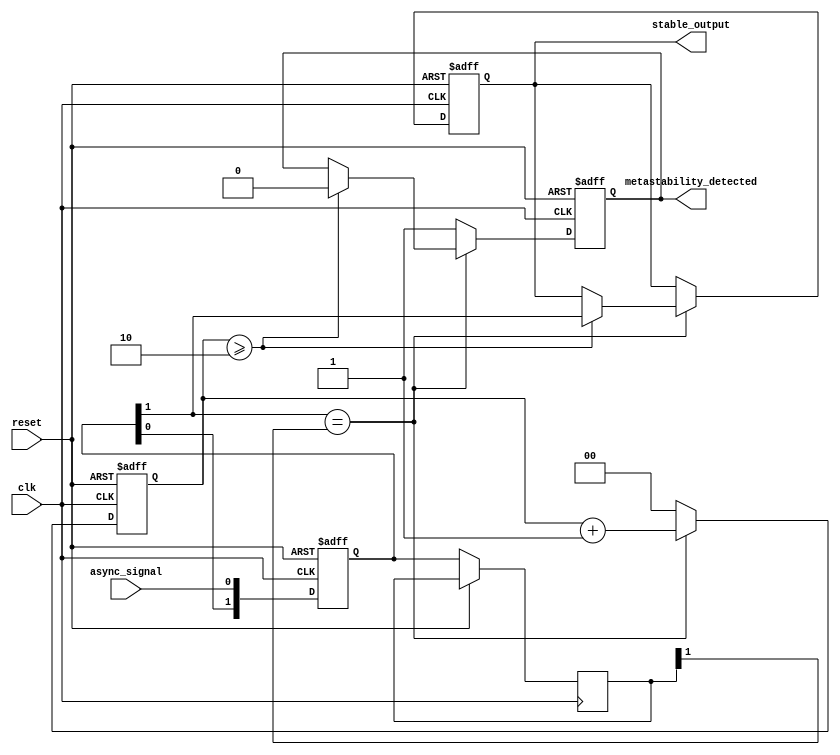
module metastability_detector (
    input wire clk,                  // Synchronous clock input
    input wire async_signal,         // Asynchronous input signal
    input wire reset,                // Asynchronous reset
    output reg stable_output,         // Stable output signal
    output reg metastability_detected // Metastability indicator
);

    // Parameters
    parameter NUM_LATCHES = 2;      // Number of latches in series
    parameter STABILITY_THRESHOLD = 2; // Number of clock cycles to consider stable

    // Internal signals
    reg [NUM_LATCHES-1:0] latch;     // Series of latches
    reg [NUM_LATCHES-1:0] latch_prev; // Previous state of latches
    reg [NUM_LATCHES-1:0] stable_counter; // Counter for stability check
    reg is_stable;                   // Flag for stability

    // Asynchronous reset and latch sampling
    always @(posedge clk or posedge reset) begin
        if (reset) begin
            latch <= 0;
            stable_output <= 0;
            metastability_detected <= 0;
            stable_counter <= 0;
            is_stable <= 0;
        end else begin
            // Shift the input signal through the latches
            latch[0] <= async_signal; // Sample the asynchronous signal
            latch[1] <= latch[0];      // Sample the output of the first latch

            // Check for stability
            if (latch[1] == latch_prev[1]) begin
                stable_counter <= stable_counter + 1;
                if (stable_counter >= STABILITY_THRESHOLD) begin
                    is_stable <= 1;
                    stable_output <= latch[1]; // Output the stable value
                    metastability_detected <= 0; // No metastability detected
                end
            end else begin
                stable_counter <= 0; // Reset counter on change
                is_stable <= 0;
                metastability_detected <= 1; // Metastability detected
            end
            
            // Update previous latch state
            latch_prev <= latch;
        end
    end

endmodule